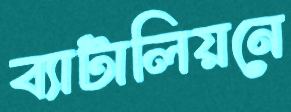
ব্যাটালিয়নে